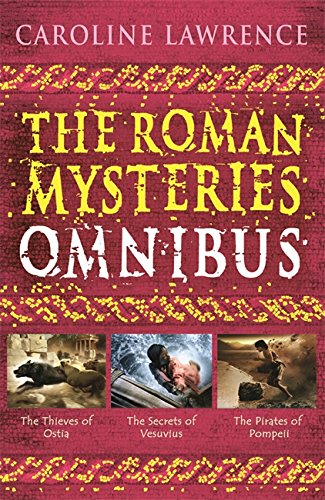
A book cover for Roman Mysteries Omnibus (The Roman Mysteries); Caroline Lawrence; Teen & Young Adult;